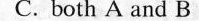
C. both A and B